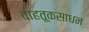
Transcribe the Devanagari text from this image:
वाहतूकसाधन